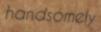
handsomely